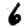
Digit: 6